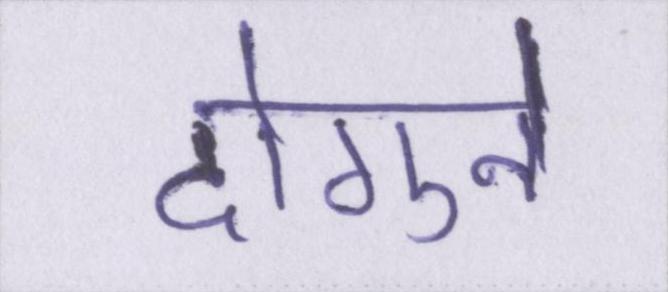
दोगुने